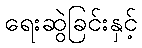
ရေးဆွဲခြင်းနှင့်